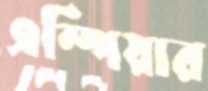
এম্পিয়ার